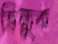
ভিক্ষুক